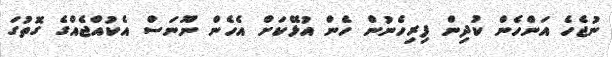
ނުޖެހެ އަންހެން ކުދިން ފިރިހެނުން ހެން އުޅޭކަށް އެހެން ނޫނަސް އެކުއްޖެއްގެ ގޮތުގަ